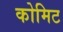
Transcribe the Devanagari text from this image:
कोमिट